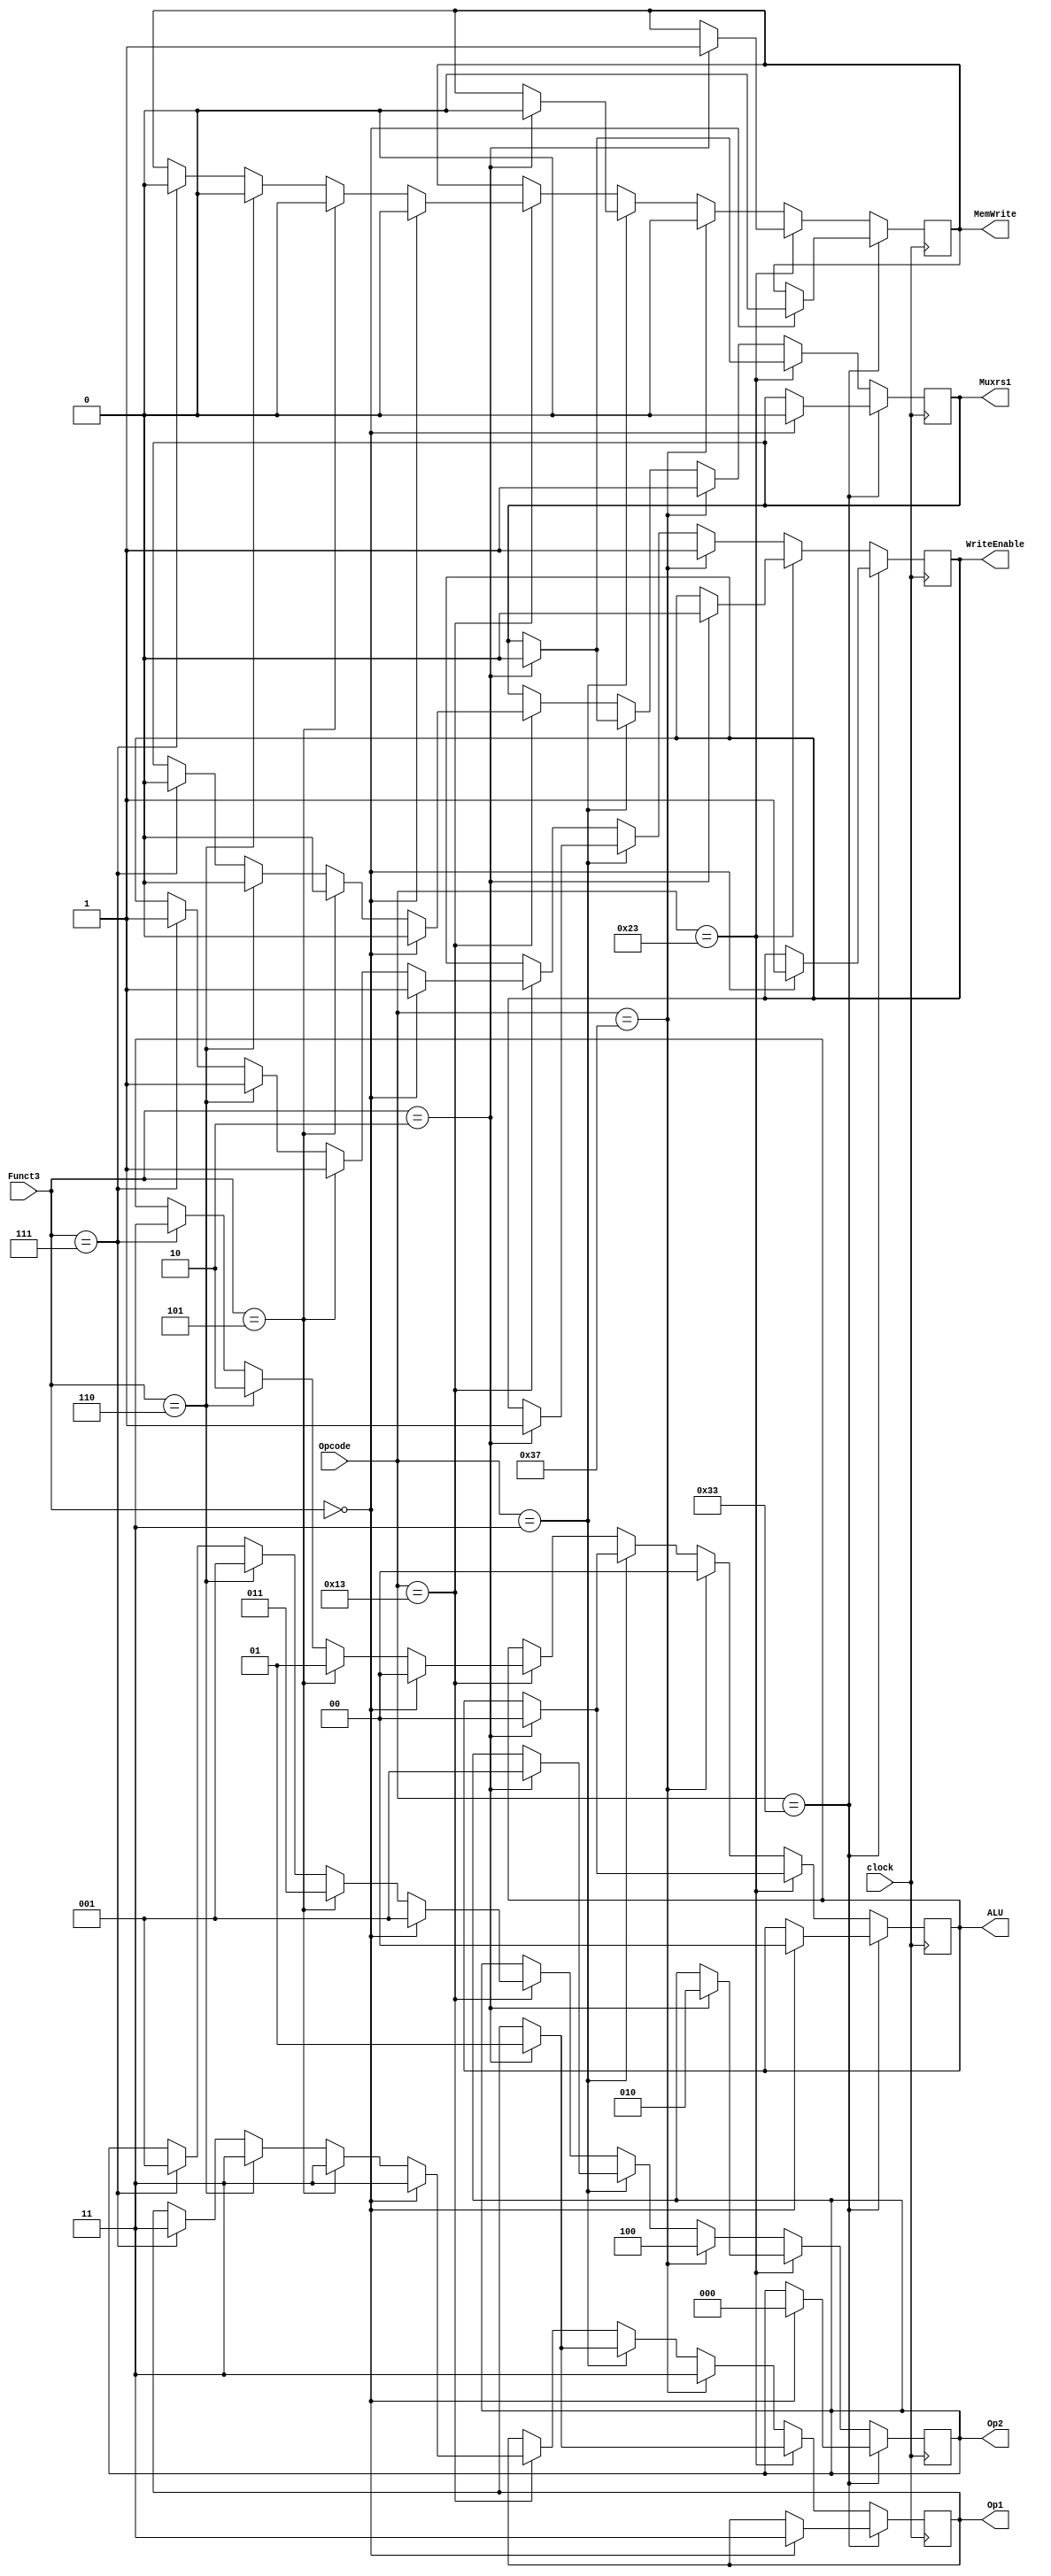
`timescale 1ns / 1ps
//////////////////////////////////////////////////////////////////////////////////
// Company: 
// Engineer: 
// 
// Design Name: 
// Module Name: CU
// Project Name: 
// Target Devices: 
// Tool Versions: 
// Description: 
// 
// Dependencies: 
// 
// Revision:
// Revision 0.01 - File Created
// Additional Comments:
// 
//////////////////////////////////////////////////////////////////////////////////

module CU(
    input [6:0] Opcode,
    input [2:0] Funct3,
    input clock,
    output reg Muxrs1,
    output reg [1:0] Op1,
    output reg [1:0] ALU,
    output reg WriteEnable,
    output reg MemWrite,
    output reg [2:0] Op2
    );
    
    always @(posedge clock) 
	    begin
          if (Opcode == 7'b0110011)
			begin
			if (Funct3 == 3'b0)begin
				Muxrs1<=1'b0;
				Op1<=2'b11;
				ALU<=2'b00;
				WriteEnable<=1'b1;
				MemWrite<=1'b0;
			    Op2<=3'b000;
				end
			end
          else if (Opcode == 7'b0100011)
			begin
			if (Funct3 == 3'b010)
			begin
				Muxrs1<=1'b0;
				Op1<=2'b01;
			    ALU<=2'b00;
				WriteEnable<=1'b0;
				MemWrite<=1'b1;
				Op2<=3'b010;	
				end
			end	
          else if (Opcode == 7'b0110111)
          begin
			Muxrs1<=1'b1;
			Op1<=2'b11;
		    ALU<=2'b00;
			WriteEnable<=1'b1;
			MemWrite<=1'b0;
			Op2<=3'b100;end
          else if (Opcode == 7'b0000011)
			begin
			if (Funct3 == 3'b010)begin
				Muxrs1<=1'b0;
				Op1<=2'b01;
			    ALU<=2'b00;
				WriteEnable<=1'b1;
				MemWrite<=1'b0;
				Op2<=3'b001;	
				end
			end
          else if (Opcode == 7'b0010011)
			begin
			if ( Funct3 == 3'b000) begin
				Muxrs1<=1'b0;
				Op1<=2'b11;
			    ALU<=2'b0;
				WriteEnable<=1'b1;
				MemWrite<=1'b0;
				Op2<=3'b001;		
				end
			else if (Funct3 == 3'b101)
			begin
				Muxrs1<=1'b0;
				Op1<=2'b11;
			    ALU<=2'b01;
				WriteEnable<=1'b1;
				MemWrite<=1'b0;
				Op2<=3'b011;		
				end
			else if ( Funct3 == 3'b110)
			begin
				Muxrs1<=1'b0;
				Op1<=2'b11;
			    ALU<=2'b10;
				WriteEnable<=1'b1;
				MemWrite<=1'b0;
				Op2<=3'b001;		
				end
			else if ( Funct3 == 3'b111)begin
				Muxrs1<=1'b0;
				Op1<=2'b11;
			    ALU<=2'b11;
				WriteEnable<=1'b1;
				MemWrite<=1'b0;
				Op2<=3'b001;	
				end
			end					
    	end  
endmodule